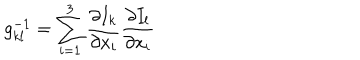
g _ { k l } ^ { - 1 } = \sum _ { i = 1 } ^ { 3 } \frac { \partial I _ { k } } { \partial x _ { i } } \frac { \partial I _ { l } } { \partial x _ { i } }